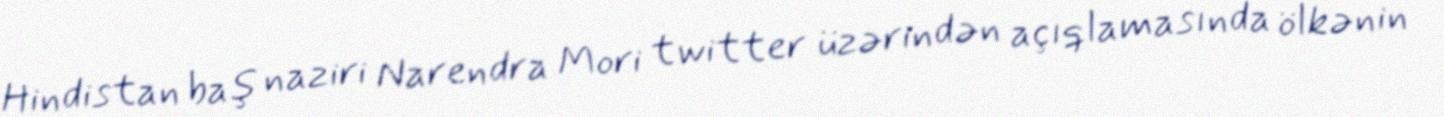
Hindistan baş naziri Narendra Mori twitter üzərindən açıqlamasında ölkənin